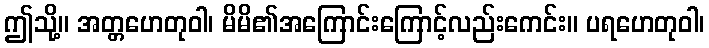
ဤသို့။ အတ္တဟေတုဝါ၊ မိမိ၏အကြောင်းကြောင့်လည်းကေင်း။ ပရဟေတုဝါ၊